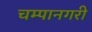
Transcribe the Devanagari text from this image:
चम्पानगरी